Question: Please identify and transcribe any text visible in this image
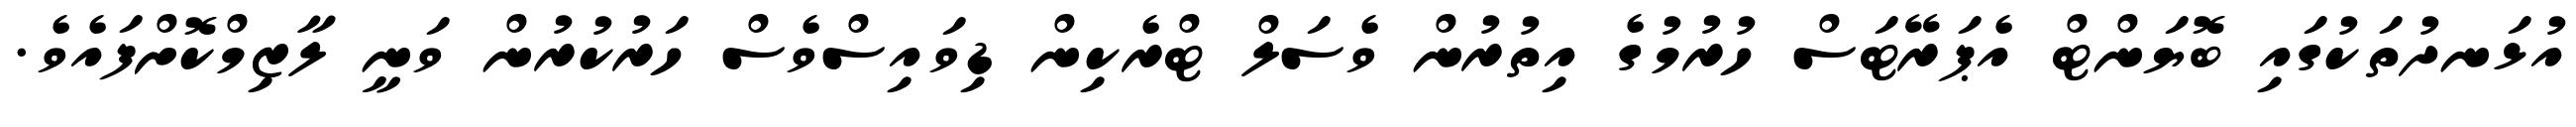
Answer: އުޅަނދުތަކުގައި ބޮޔަންޓް އެޕަރޭޓަސް ހުރުމުގެ އިތުރުން ވެސަލް ޓްރެކިން ޑިވައިސްވެސް ހަރުކުރުން ވަނީ ލާޒިމްކޮށްފައެވެ.